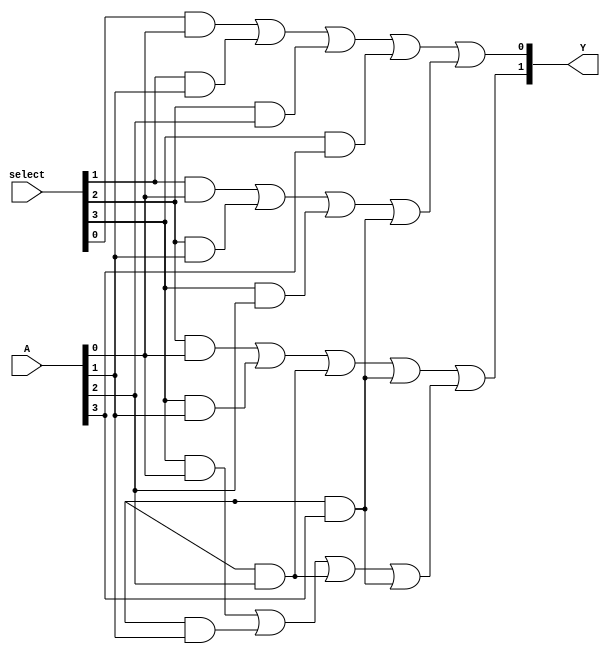
module CLB (
    input wire [N-1:0] A,        // Input lines (N input bits)
    input wire [M-1:0] select,    // Select lines for programming the AND gates
    output wire [P-1:0] Y         // Output lines (P output bits)
);
    parameter N = 4; // Number of input lines
    parameter M = 4; // Number of AND gates
    parameter P = 2; // Number of output lines

    // Internal wires for product terms
    wire [M-1:0] product_terms;
    
    // AND Gates Implementation
    genvar i, j;
    generate
        for (i = 0; i < M; i = i + 1) begin : AND_Gates
            assign product_terms[i] = (select[i] & A[0]) | 
                                       (select[i+1] & A[1]) | 
                                       (select[i+2] & A[2]) | 
                                       (select[i+3] & A[3]);
        end
    endgenerate

    // OR Gates Implementation
    assign Y[0] = product_terms[0] | product_terms[1]; // Example output logic
    assign Y[1] = product_terms[2] | product_terms[3]; // Example output logic

endmodule